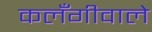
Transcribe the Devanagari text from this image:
कलँगीवाले